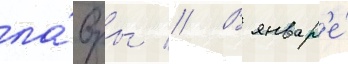
ла́вры // В январ'е́